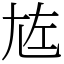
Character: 㝾